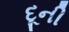
દૂની